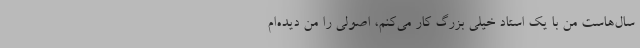
سال‌هاست من با یک استاد خیلی بزرگ کار می‌کنم، اصولی را من دیده‌ام